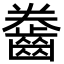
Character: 齤